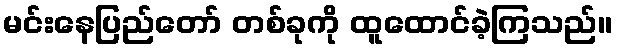
မင်းနေပြည်တော် တစ်ခုကို ထူထောင်ခဲ့ကြသည်။